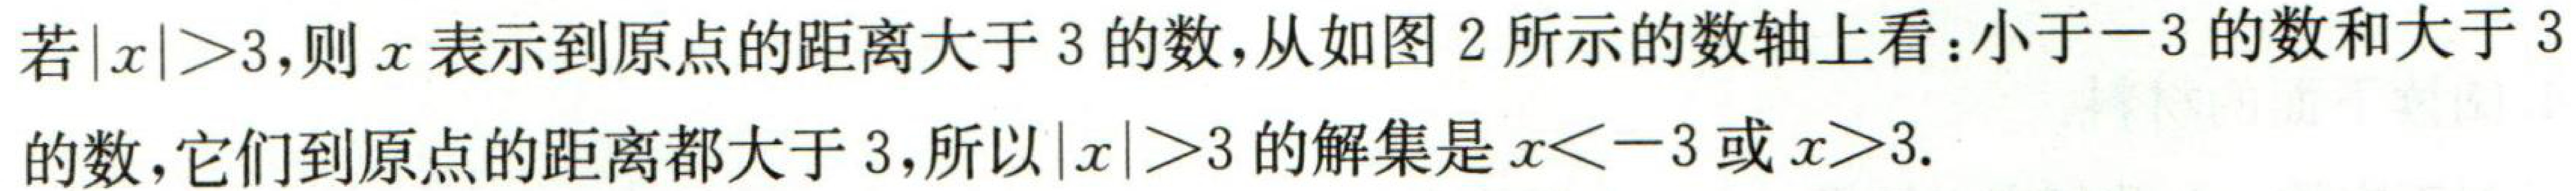
若\(\vert x\vert>3\)，则\(x\)表示到原点的距离大于\(3\)的数，从如图2所示的数轴上看：小于\(-3\)的数和大于\(3\)的数，它们到原点的距离都大于\(3\)，所以\(\vert x\vert>3\)的解集是\(x < - 3\)或\(x>3\).